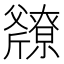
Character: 𫿿